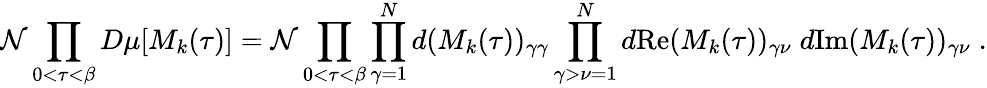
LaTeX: {\cal N}\prod_{0<\tau<\beta}D\mu[M_{k}(\tau)]={\cal N}\prod_{0<\tau<\beta}\prod_{\gamma=1}^{N}d(M_{k}(\tau))_{\gamma\gamma}\prod_{\gamma>\nu=1}^{N}d\mathrm{Re}(M_{k}(\tau))_{\gamma\nu}\; d\mathrm{Im}(M_{k}(\tau))_{\gamma\nu}\; .